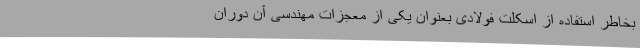
بخاطر استفاده از اسکلت فولادی بعنوان یکی از معجزات مهندسی آن دوران